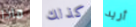
ماذا كذلك أريد